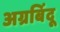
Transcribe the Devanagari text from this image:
अग्रबिंदू